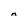
Character: n